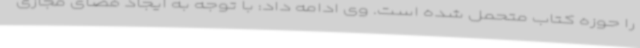
را حوزه کتاب متحمل شده است. وی ادامه داد: با توجه به ایجاد فضای مجازی